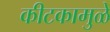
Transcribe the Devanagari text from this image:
कीटकामुळे